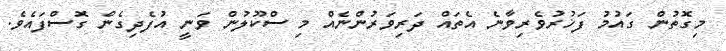
މިގޮތުން ގައުމު ފަޚުރުވެރިވާނެ އެތައް ދަރިވަރުންނެއް މި ސްކޫލުން ވަނީ އުފެދިގެން ގޮސްފައެވެ.